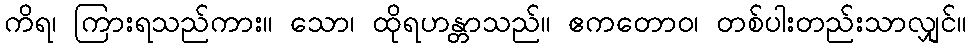
ကိရ၊ ကြားရသည်ကား။ သော၊ ထိုရဟန္တာသည်။ ဧကတောဝ၊ တစ်ပါးတည်းသာလျှင်။